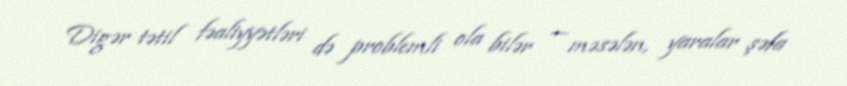
Digər tətil fəaliyyətləri də problemli ola bilər — məsələn, yaralar şəfa